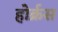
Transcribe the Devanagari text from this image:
होर्क्रस